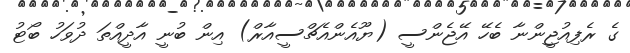
ގެ ރެފިއުޖީންނާ ބެހޭ އޭޖެންސީ (ޔޫއެންއެޗްސީއާރް) އިން ބުނީ އާދީއްތަ ދުވަހު ބޯޓު